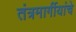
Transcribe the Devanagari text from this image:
तंत्रमार्गीयांचे